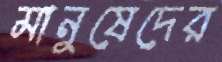
মানুষেদের